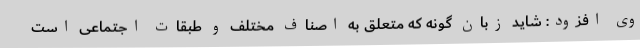
وی افزود: شاید زبان گونه که متعلق به اصناف مختلف و طبقات اجتماعی است